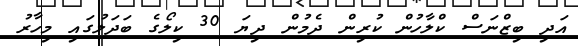
އަދި ބިޒްނަސް ކްލާހުން ކުރިން ދެމުން ދިޔަ 30 ކިލޯގެ ބަދަލުގައި މިހާރު